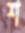
শ